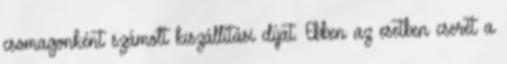
csomagonként számolt kiszállítási díjat. Ebben az esetben cserét a